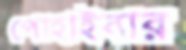
পোহাইবার